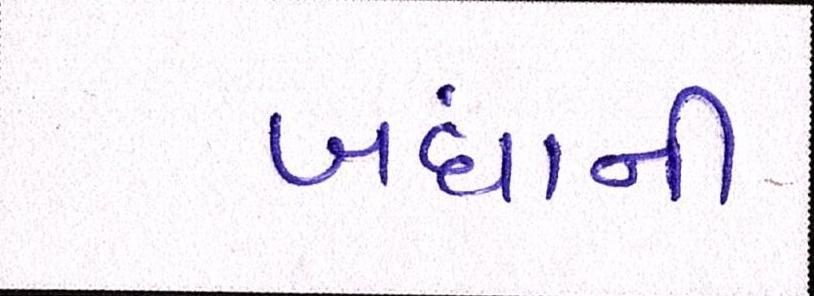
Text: બધાંની